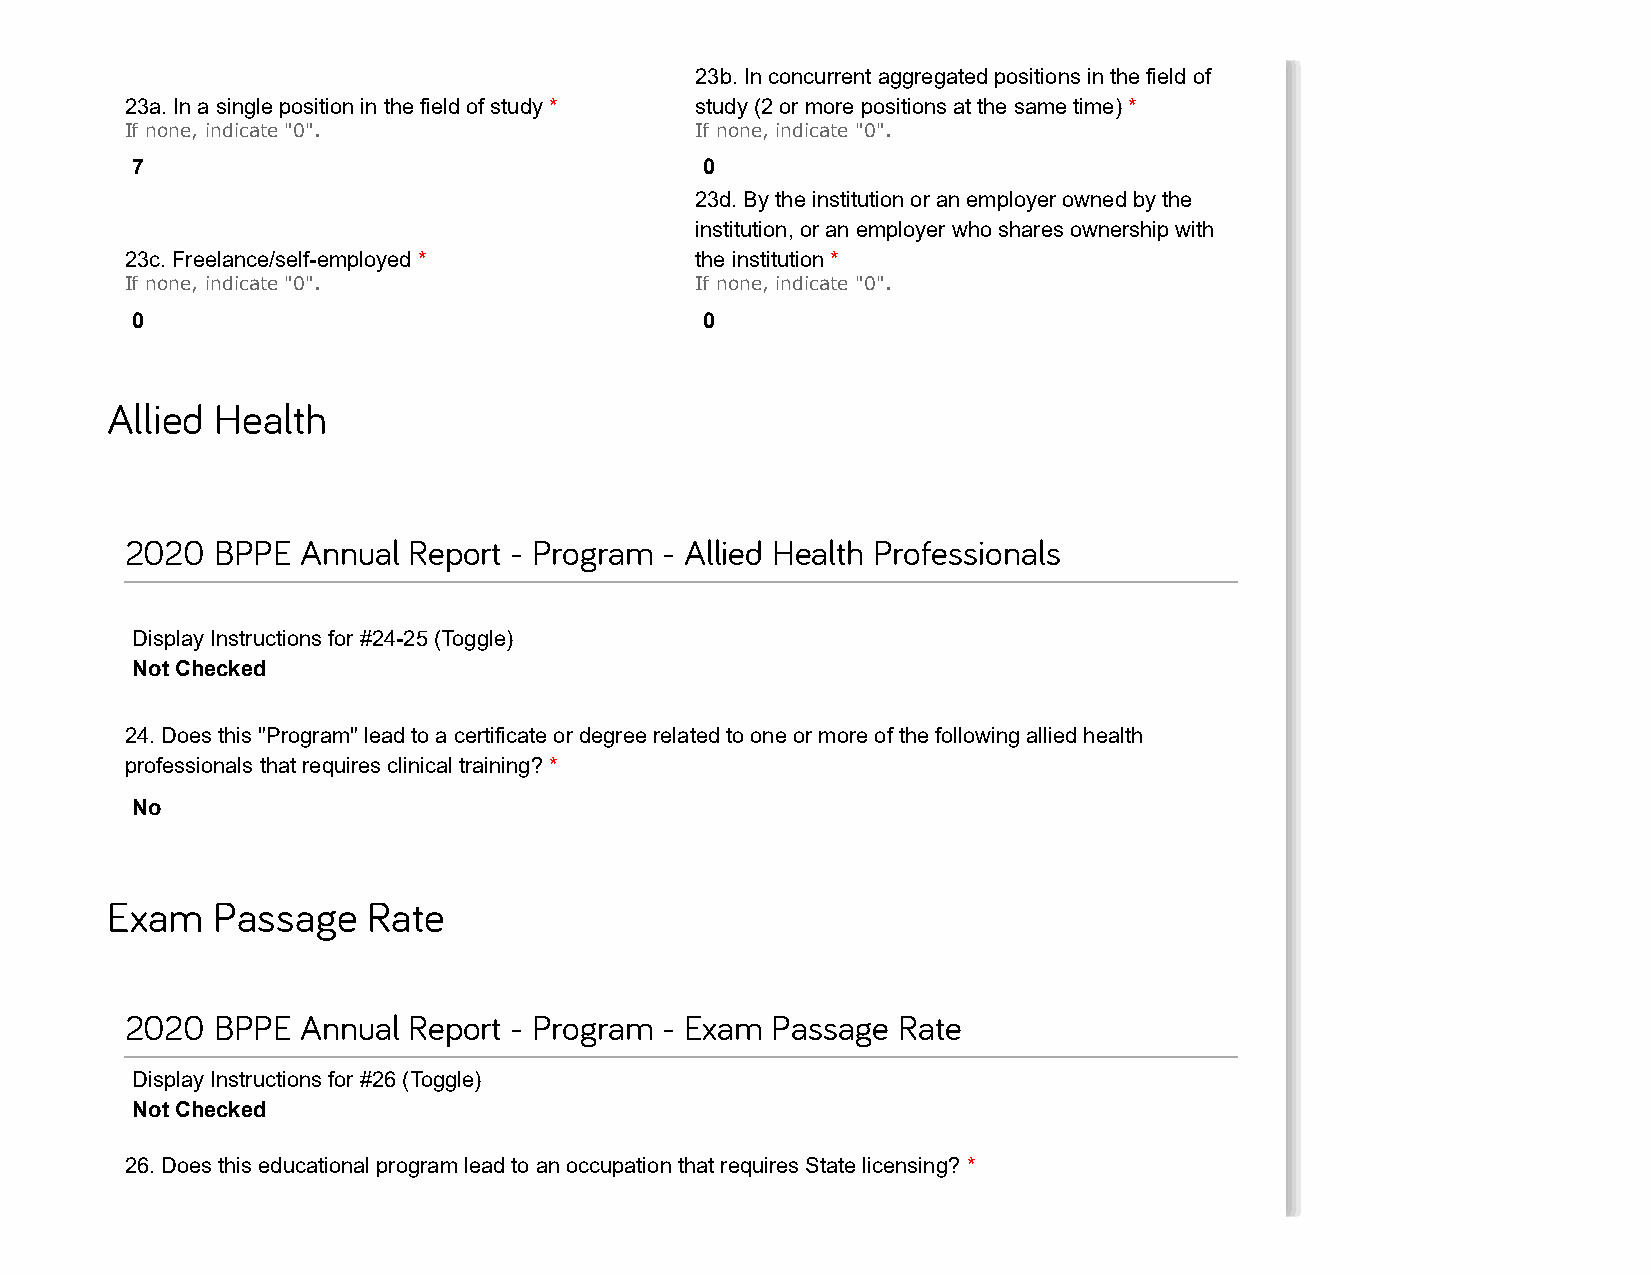
23b. In concurrent aggregated positions in the field of
 23a. In a single position in the field of study * study (2 or more positions at the same time) *
 If none, indicate "0".                If none, indicate "0".
 7                                     0
 23d. By the institution or an employer owned by the
 institution, or an employer who shares ownership with
 23c. Freelance/self-employed *        the institution *
 If none, indicate "0".                If none, indicate "0".
 0                                     0
 Allied Health
 2020  BPPE  Annual Report - Program - Allied Health Professionals
 Display Instructions for #24-25 (Toggle)
 Not Checked
 24. Does this "Program" lead to a certificate or degree related to one or more of the following allied health
 professionals that requires clinical training? *
 No
 Exam   Passage   Rate
 2020  BPPE  Annual Report - Program - Exam Passage  Rate
 Display Instructions for #26 (Toggle)
 Not Checked
 26. Does this educational program lead to an occupation that requires State licensing? *